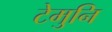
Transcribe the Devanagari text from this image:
टेमुनि